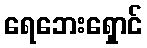
ရေဘေးရှောင်